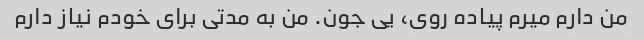
من دارم میرم پیاده روی، یی جون. من به مدتی برای خودم نیاز دارم